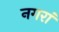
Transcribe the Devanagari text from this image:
नगरां